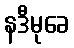
နဒီမုခေ